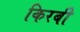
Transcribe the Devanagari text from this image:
किरबी